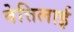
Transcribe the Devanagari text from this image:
वेत्तिलाई